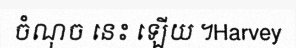
ចំណុច នេះ ឡើយ ។Harvey